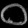
Digit: ၀